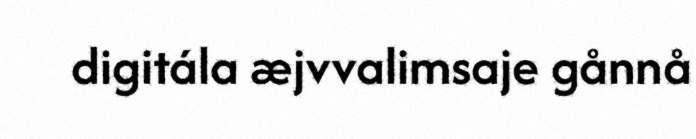
digitála æjvvalimsaje gånnå